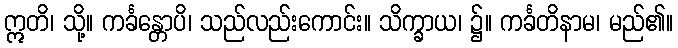
ဣတိ၊ သို့။ ကင်္ခန္တောပိ၊ သည်လည်းကောင်း။ သိက္ခာယ၊ ၌။ ကင်္ခတိနာမ၊ မည်၏။